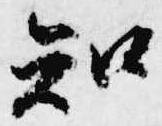
知